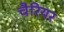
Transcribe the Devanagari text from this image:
चैरियर